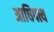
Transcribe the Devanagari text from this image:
अाधिपत्य